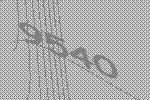
9540